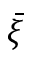
\bar { \xi }